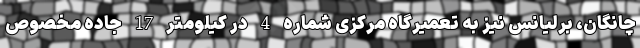
چانگان، برلیانس نیز به تعمیرگاه مرکزی شماره 4 در کیلومتر 17 جاده مخصوص